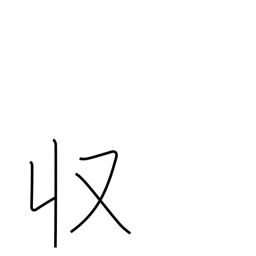
Meaning: income